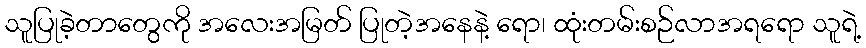
သူပြုခဲ့တာတွေကို အလေးအမြတ် ပြုတဲ့အနေနဲ့ ရော၊ ထုံးတမ်းစဉ်လာအရရော သူရဲ့